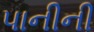
પાનીની